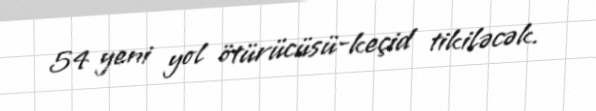
54 yeni yol ötürücüsü-keçid tikiləcək.